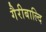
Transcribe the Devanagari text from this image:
गैरीबाल्दि